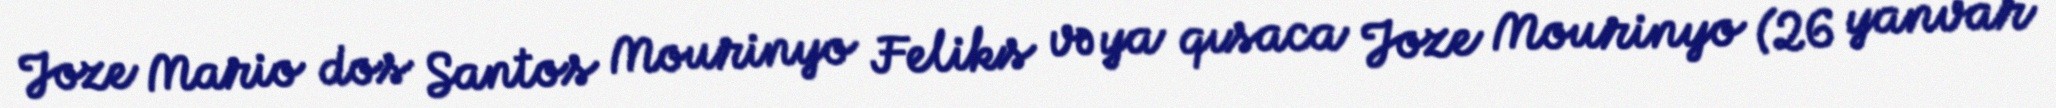
Joze Mario dos Santos Mourinyo Feliks və ya qısaca Joze Mourinyo (26 yanvar